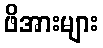
ဖိအားများ